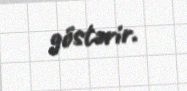
göstərir.